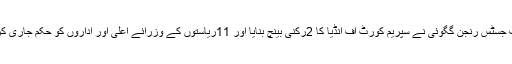
چیف جسٹس رنجن گگوئی نے سپریم کورٹ آف انڈیا کا 2رُکنی بینچ بنایا اور 11ریاستوں کے وزرائے اعلیٰ اور اداروں کو حکم جاری کردیا۔